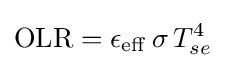
\mathrm {OLR} =\epsilon _{\mathrm {eff} }\,\sigma \,T_{se}^{4}